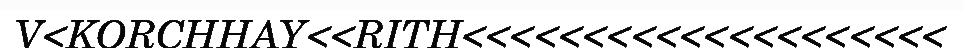
V<KORCHHAY<<RITH<<<<<<<<<<<<<<<<<<<<